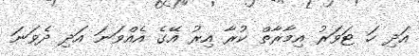
އަދި ހަ ޓަވަރު އިމާރާތް ކުރާ އިރު އޭގެ އެއްވަނަ އަދި ދެވަނަ